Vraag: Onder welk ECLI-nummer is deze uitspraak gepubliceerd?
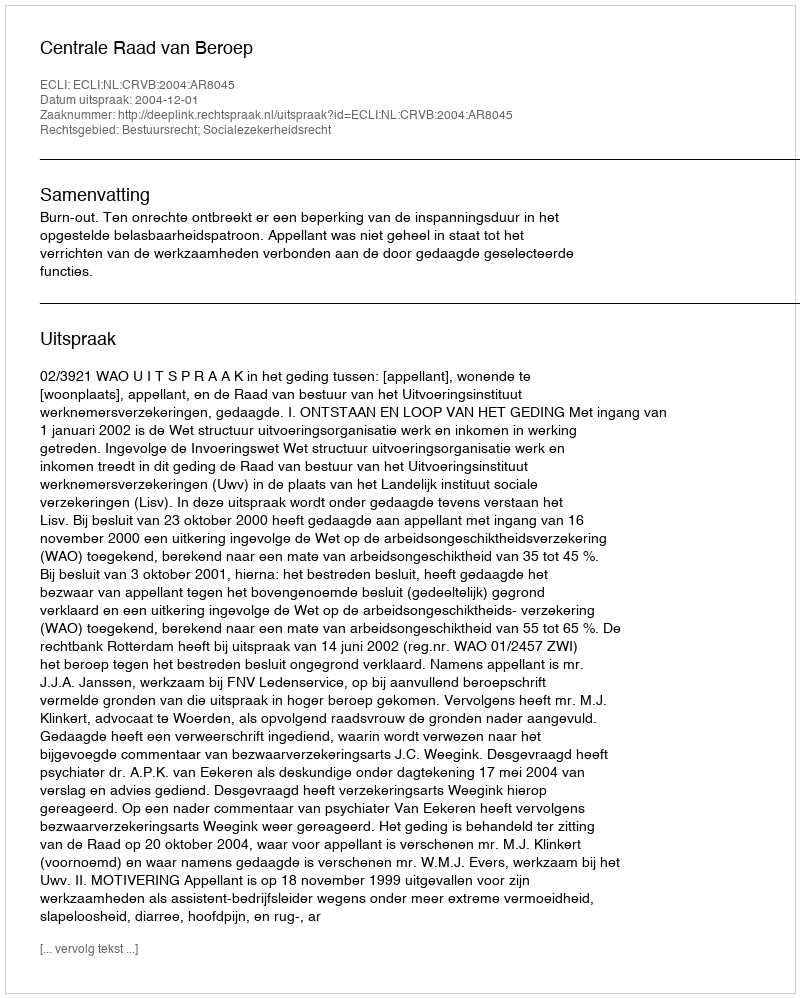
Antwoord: ECLI:NL:CRVB:2004:AR8045